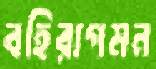
বহিরাগমন